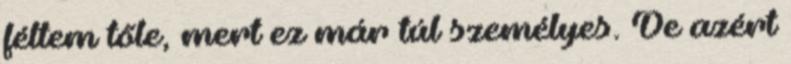
féltem tőle, mert ez már túl személyes. De azért